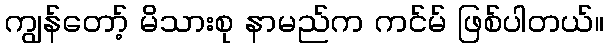
ကျွန်တော့် မိသားစု နာမည်က ကင်မ် ဖြစ်ပါတယ်။